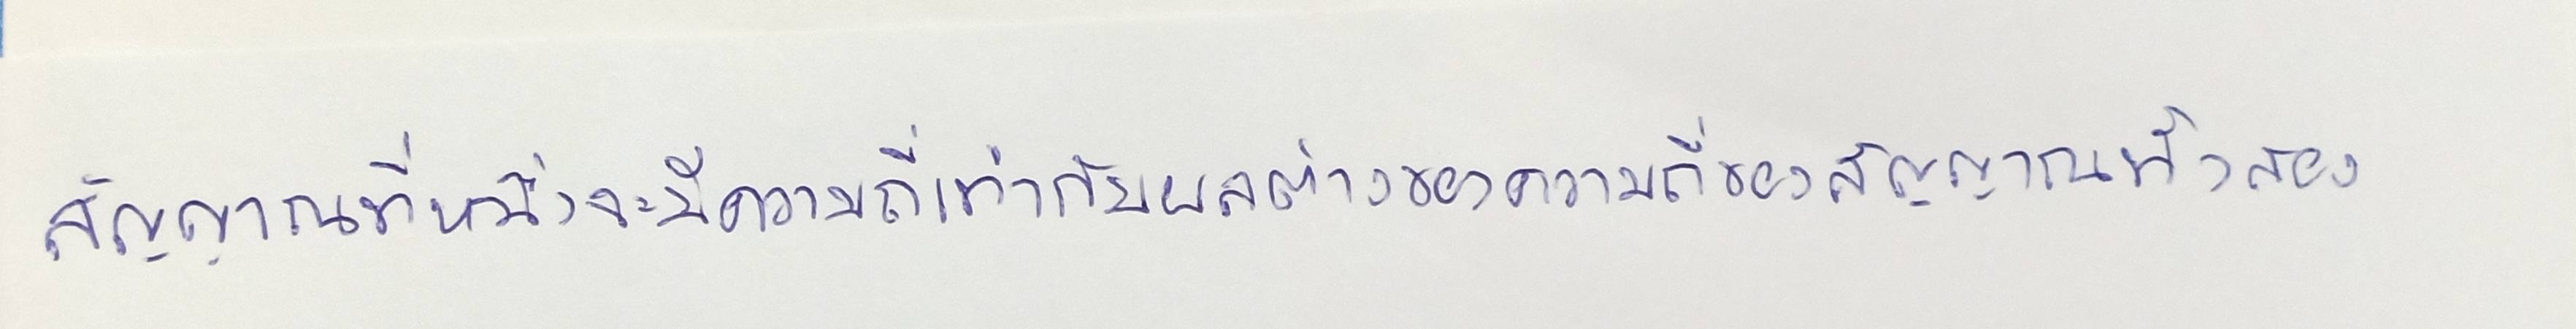
สัญญาณที่หนึ่งจะมีความถี่เท่ากับผลต่างของความถี่ของสัญญาณทั้งสอง